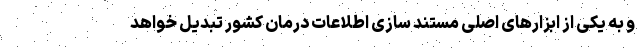
و به یکی از ابزارهای اصلی مستند سازی اطلاعات درمان کشور تبدیل خواهد